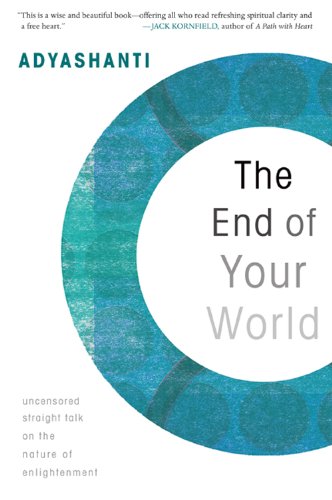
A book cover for The End of Your World: Uncensored Straight Talk on the Nature of Enlightenment; Adyashanti; Religion & Spirituality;